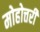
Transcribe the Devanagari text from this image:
मोहोत्तरी